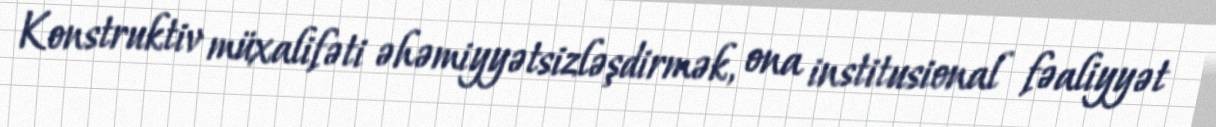
Konstruktiv müxalifəti əhəmiyyətsizləşdirmək, ona institusional fəaliyyət